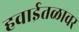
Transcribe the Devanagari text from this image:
हवाईतळावर